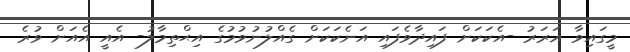
މީގައިވާ ޣަރަރު -އެކަކަށް ފައިދާވެފައި އަނެކަކަށް ގެއްލުނުވުމުގެ އިޙްތިމާލު- އެއީ އެއަށް ވުރެ